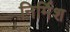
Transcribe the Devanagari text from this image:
निर्मिश